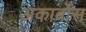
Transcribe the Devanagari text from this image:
अकार्बोस